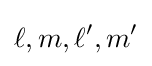
\ell ,m,\ell ',m'